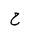
Letter: _ha